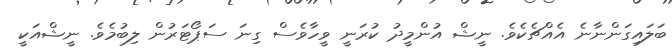
ބަލައިގަންނާނެ އެއްޗެކެވެ. ނީޝް އުންމީދު ކުރަނީ ވީހާވެސް ގިނަ ސަޕޯޓަރުން ލިބުމެވެ. ނީޝްއަކީ